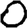
Digit: 0